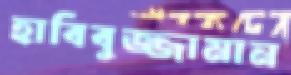
হাবিবুজ্জামান